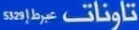
تَوْنَاتٌ